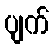
ပျက်